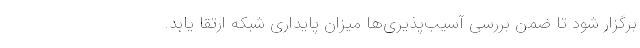
برگزار شود تا ضمن بررسی آسیب‌پذیری‌ها میزان پایداری شبکه ارتقا یابد.